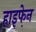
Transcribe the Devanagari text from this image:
हाइफे़न